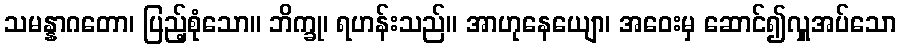
သမန္နာဂတော၊ ပြည့်စုံသော။ ဘိက္ခု၊ ရဟန်းသည်။ အာဟုနေယျော၊ အဝေးမှ ဆောင်၍လှူအပ်သော